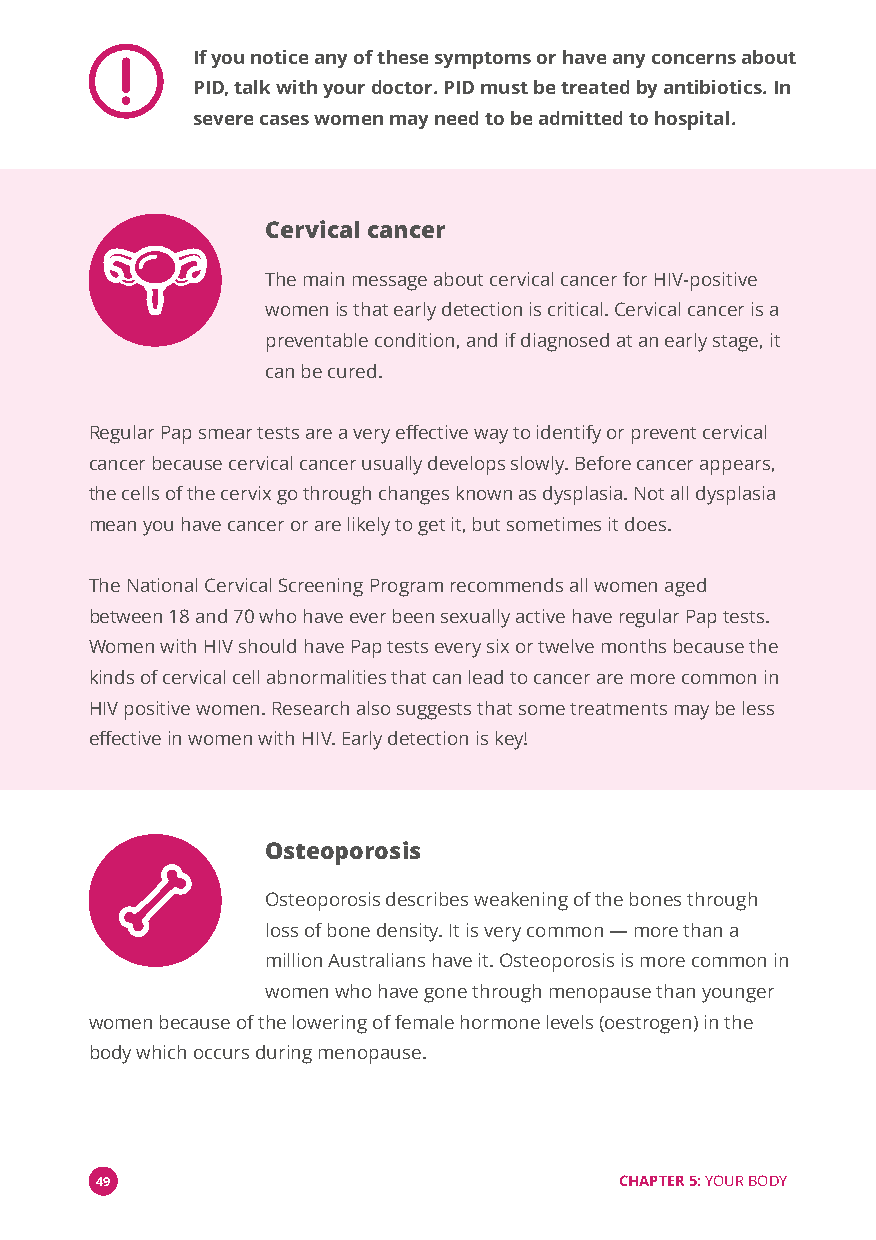
If you notice any of these symptoms or have any concerns about
 PID, talk with your doctor. PID must be treated by antibiotics. In
 severe cases women may need to be admitted to hospital.
 Cervical cancer
 The main message about cervical cancer for HIV-positive
 women is that early detection is critical. Cervical cancer is a
 preventable condition, and if diagnosed at an early stage, it
 can be cured.
 Regular Pap smear tests are a very effective way to identify or prevent cervical
 cancer because cervical cancer usually develops slowly. Before cancer appears,
 the cells of the cervix go through changes known as dysplasia. Not all dysplasia
 mean you have cancer or are likely to get it, but sometimes it does.
 The National Cervical Screening Program recommends all women aged
 between 18 and 70 who have ever been sexually active have regular Pap tests.
 Women with HIV should have Pap tests every six or twelve months because the
 kinds of cervical cell abnormalities that can lead to cancer are more common in
 HIV positive women. Research also suggests that some treatments may be less
 effective in women with HIV. Early detection is key!
 Osteoporosis
 Osteoporosis describes weakening of the bones through
 loss of bone density. It is very common—more than a
 million Australians have it. Osteoporosis is more common in
 women who have gone through menopause than younger
 women because of the lowering of female hormone levels (oestrogen) in the
 body which occurs during menopause.
 49                                 CHAPTER 5:YOUR BODY